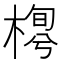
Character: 𣖼